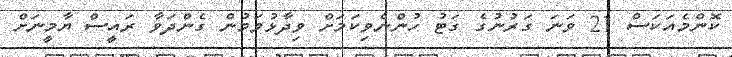
ކޮންމެއަކަސް 21 ވަނަ ގަރުނުގެ ގަޓު ހުންނެވިކަމަށް ވިދާޅުވަމުން ގެންދަވާ ރައީސް ޔާމީނަށް